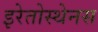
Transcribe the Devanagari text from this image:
इरेतोस्थेनस